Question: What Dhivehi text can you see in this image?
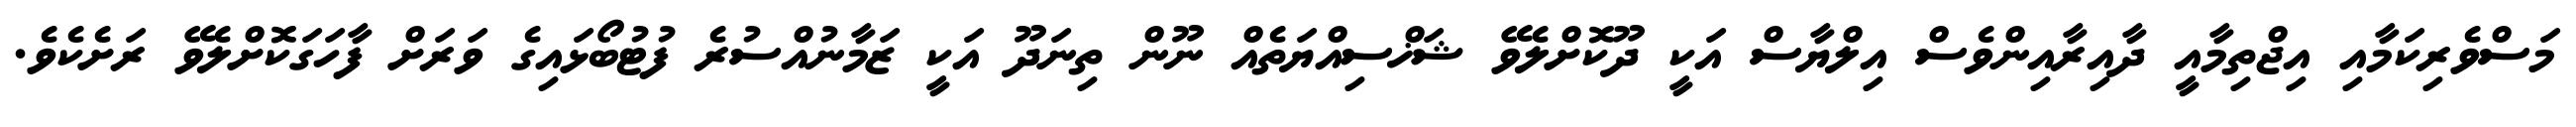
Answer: މަސްވެރިކަމާއި އިޖްތިމާއީ ދާއިރާއިންވެސް އިލްޔާސް އަކީ ދޫކޮށްލެވޭ ޝަޚްސިއްޔަތެއް ނޫން ތިނަދޫ އަކީ ޒަމާނުއްސުރެ ފުޓުބޯޅައިގެ ވަރަށް ފާހަގަކޮށްލެވޭ ރަށެކެވެ.